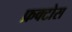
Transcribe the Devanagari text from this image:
फ्रक्टोस